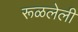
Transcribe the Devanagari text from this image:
रूळलेली